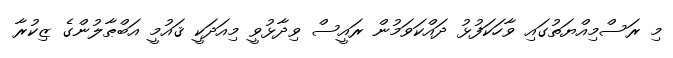
މި ރަސްމިއްޔަތުގައި ވާހަކަފުޅު ދައްކަވަމުން ރައީސް ވިދާޅުވީ މިއަދަކީ ޤައުމީ އަބްޠާލުންގެ ޒިކުރާ